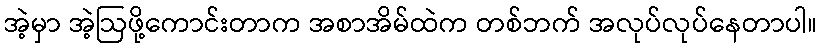
အဲ့မှာ အဲ့ဩဖို့ကောင်းတာက အစာအိမ်ထဲက တစ်ဘက် အလုပ်လုပ်နေတာပါ။